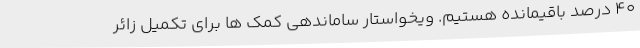
40 درصد باقیمانده هستیم. ویخواستار ساماندهی کمک ها برای تکمیل زائر